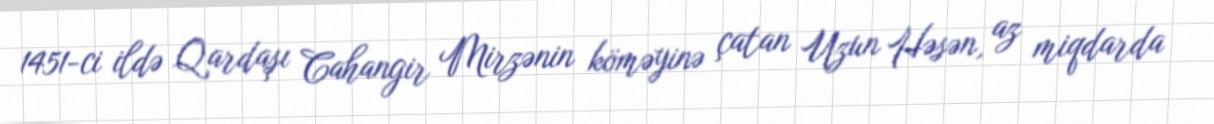
1451-ci ildə Qardaşı Cahangir Mirzənin köməyinə çatan Uzun Həsən, az miqdarda